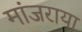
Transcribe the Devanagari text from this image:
मांजराया